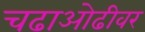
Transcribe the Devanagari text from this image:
चढाओढीवर